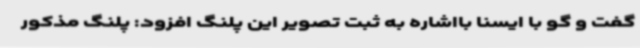
گفت و گو با ایسنا بااشاره به ثبت تصویر این پلنگ افزود: پلنگ مذکور